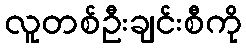
လူတစ်ဦးချင်းစီကို